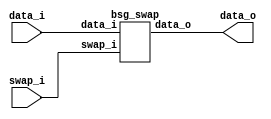


module top
(
  data_i,
  swap_i,
  data_o
);

  input [127:0] data_i;
  output [127:0] data_o;
  input swap_i;

  bsg_swap
  wrapper
  (
    .data_i(data_i),
    .data_o(data_o),
    .swap_i(swap_i)
  );


endmodule



module bsg_swap
(
  data_i,
  swap_i,
  data_o
);

  input [127:0] data_i;
  output [127:0] data_o;
  input swap_i;
  wire [127:0] data_o;
  wire N0,N1,N2;
  assign data_o = (N0)? { data_i[63:0], data_i[127:64] } : 
                  (N1)? data_i : 1'b0;
  assign N0 = swap_i;
  assign N1 = N2;
  assign N2 = ~swap_i;

endmodule